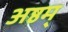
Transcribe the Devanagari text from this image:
अष्ठम्‌